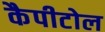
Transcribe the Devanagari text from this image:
कैपीटोल